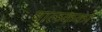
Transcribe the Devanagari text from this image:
बालकका